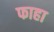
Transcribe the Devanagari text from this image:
फाहा